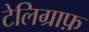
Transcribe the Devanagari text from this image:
टेलिग्राफ़